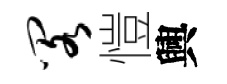
阁愷興